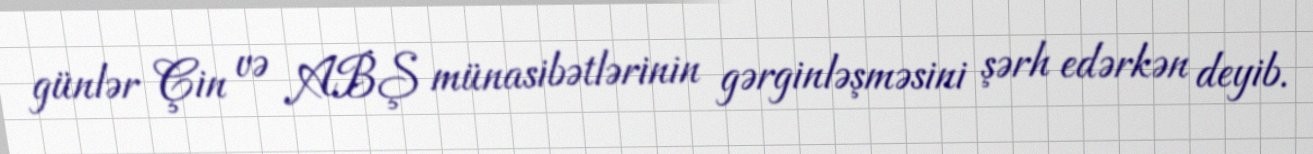
günlər Çin və ABŞ münasibətlərinin gərginləşməsini şərh edərkən deyib.